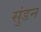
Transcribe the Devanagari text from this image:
सुंडन